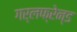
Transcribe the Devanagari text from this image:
गर्लफ्रेन्ड